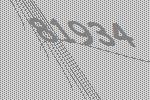
81934